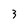
Character: 3